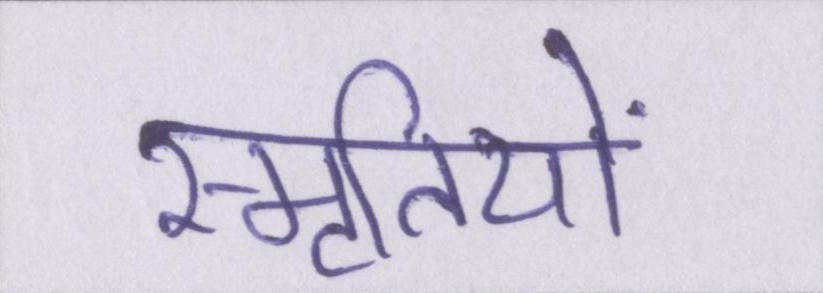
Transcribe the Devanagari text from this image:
स्मृतियों